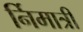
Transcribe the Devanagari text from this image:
र्निमात्री